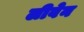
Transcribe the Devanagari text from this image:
लीवेन